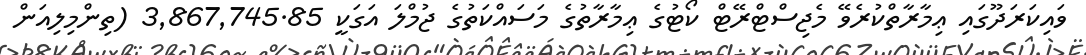
ވައިކަރަދޫގައި ޢިމާރާތްކުރެވޭ މެޖިސްޓްރޭޓް ކޯޓުގެ ޢިމާރާތުގެ މަސައްކަތުގެ ޖުމްލަ އަގަކީ 3